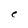
Character: e